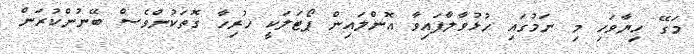
މަގޭ ހިޔާވަހި މި ނަމުގައި ހުޅުވާލާފައިވާ އޮންލައިން ޕޯޓަލަކީ ހުރިހާ ގޮތަކުންވެސް ބޭނުންކުރަން